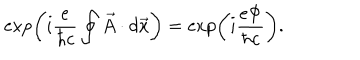
\exp \left( i \frac { e } { \hbar c } \oint \vec { A } \cdot d \vec { x } \right) = \exp \left( i \frac { e \Phi } { \hbar c } \right) .